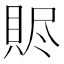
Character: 䝲